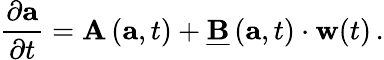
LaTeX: \frac{\partial\mathbf{a}}{\partial t}=\mathbf{A}\left(\mathbf{a},t\right)+\underline{{\mathbf{B}}}\left(\mathbf{a},t\right)\cdot\mathbf{w}(t)\, .